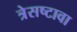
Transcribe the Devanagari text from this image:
त्रेसष्टावा